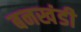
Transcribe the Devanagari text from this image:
बनखंडी